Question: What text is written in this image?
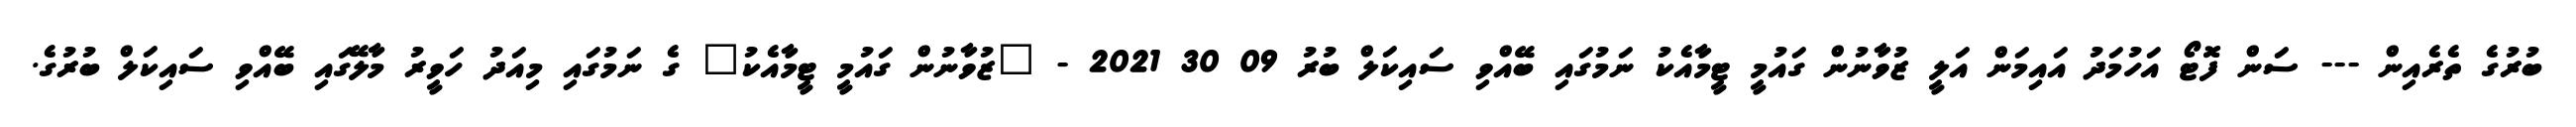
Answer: ބުރުގެ ތެރެއިން --- ސަން ފޮޓޯ އަހުމަދު އައިމަން އަލީ ޒުވާނުން ގައުމީ ޓީމާއެކު ނަމުގައި ބޭއްވި ސައިކަލް ބުރު 09 30 2021 - "ޒުވާނުން ގައުމީ ޓީމާއެކު" ގެ ނަމުގައި މިއަދު ހަވީރު މާލޭގައި ބޭއްވި ސައިކަލް ބުރުގެ.